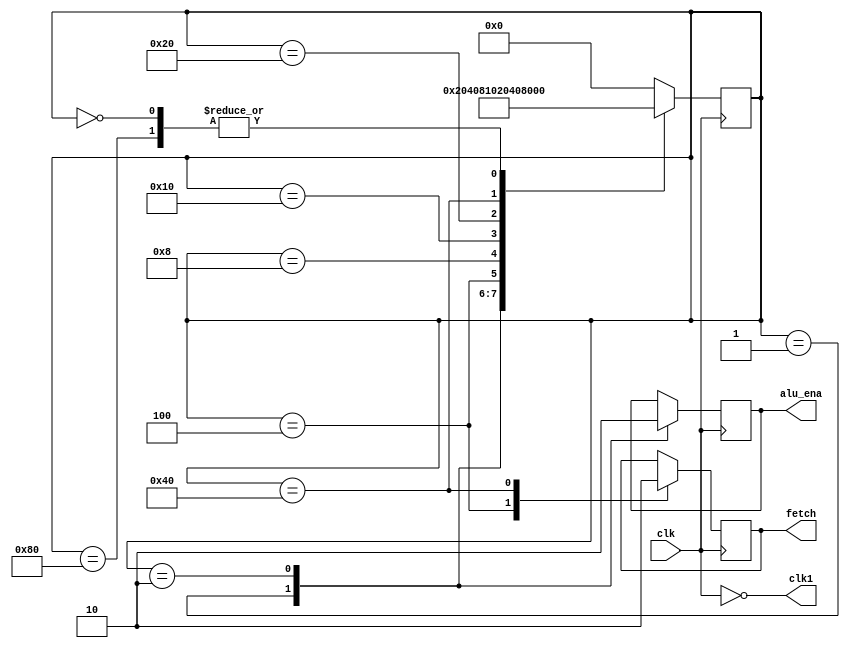
`timescale 1ns/1ns
module clk(clk,clk1,fetch,alu_ena);
input clk;
output fetch,alu_ena,clk1;
wire clk,clk1;
reg fetch,alu_ena;
reg[7:0] state;
parameter     s1 = 8'b0000_0001,
              s2 = 8'b0000_0010,
              s3 = 8'b0000_0100,
              s4 = 8'b0000_1000,
              s5 = 8'b0001_0000,
              s6 = 8'b0010_0000,
              s7 = 8'b0100_0000,
              s8 = 8'b1000_0000,
			  idle = 8'b0000_0000;
assign clk1=~clk;
always@(posedge clk)
 		begin
			case(state)
				s1:
					begin
						alu_ena<=1;
						state<=s2;
					end
				s2:
					begin
						alu_ena<=0;
						state<=s3;
					end
				s3:
					begin
						fetch<=1;
						state<=s4;
					end
				s4:
						state<=s5;
				s5:
						state<=s6;
				s6:
						state<=s7;
				s7:
					begin
						fetch<=0;
						state<=s8;
					end
				s8:
					begin
						state<=s1;
					end
				idle:	state<=s1;
				default: state<=idle;
endcase
end
endmodule